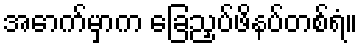
အောက်မှာက ခြေညှပ်ဖိနပ်တစ်ရံ။